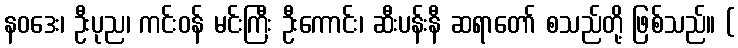
နဝဒေး၊ ဦးပုည၊ ကင်းဝန် မင်းကြီး ဦးကောင်း၊ ဆီးပန်းနီ ဆရာတော် စသည်တို့ ဖြစ်သည်။ (